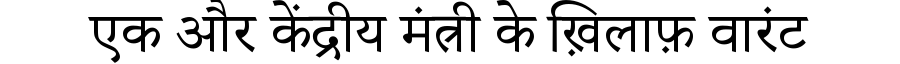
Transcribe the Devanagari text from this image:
एक और केंद्रीय मंत्री के ख़िलाफ़ वारंट